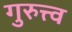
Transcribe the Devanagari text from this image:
गुरुत्त्व